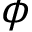
\phi